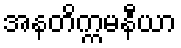
အနတိက္ကမနီယာ